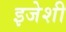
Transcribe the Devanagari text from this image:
इजेशी